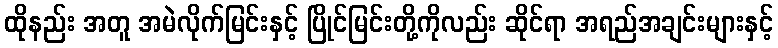
ထိုနည်း အတူ အမဲလိုက်မြင်းနှင့် ပြိုင်မြင်းတို့ကိုလည်း ဆိုင်ရာ အရည်အချင်းများနှင့်